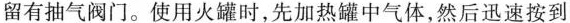
留有抽气阀门。使用火罐时，先加热罐中气体，然后迅速按到